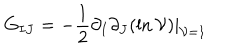
G _ { I J } = - { \frac { 1 } { 2 } } \partial _ { I } \partial _ { J } ( \ln { \cal V } ) | _ { { \cal V } = 1 }